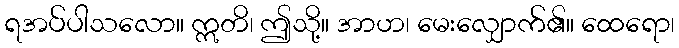
ရအပ်ပါသလော။ ဣတိ၊ ဤသို့။ အာဟ၊ မေးလျှောက်၏။ ထေရော၊